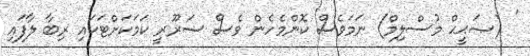
' (ޞަޙީޙް މުސްލިމް) ނަމަވެސް ކޮންމެހެން ވެސް ޟަރޫރީ ކަމަކަށްޓަކައި ރިބާ ލާފައި